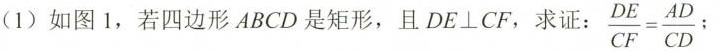
(1)如图1，若四边形ABCD是矩形，且DE\bot CF，求证： $$\frac { D E } { C F } = \frac { A D } { C D }$$；